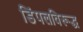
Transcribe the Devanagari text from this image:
डिंपलविरूद्ध